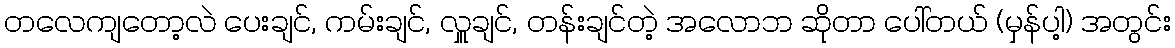
တလေကျတော့လဲ ပေးချင်, ကမ်းချင်, လှူချင်, တန်းချင်တဲ့ အလောဘ ဆိုတာ ပေါ်တယ် (မှန်ပါ့) အတွင်း